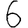
Digit: 6